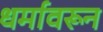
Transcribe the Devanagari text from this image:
धर्मावरून